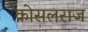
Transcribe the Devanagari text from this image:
कोसलराज